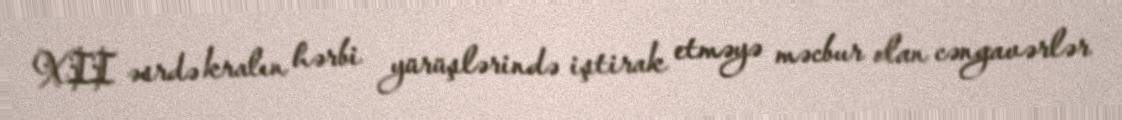
XII əsrdə kralın hərbi yürüşlərində iştirak etməyə məcbur olan cəngavərlər